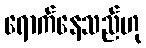
ရောက်နေသည်ဟု